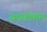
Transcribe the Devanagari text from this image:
सफरीतील